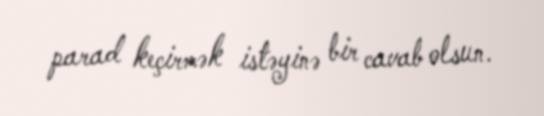
parad keçirmək istəyinə bir cavab olsun.